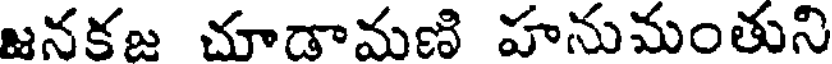
జనకజ చూడామణి హనుమంతుని